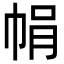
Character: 𢂱